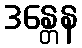
ဒန္တေန